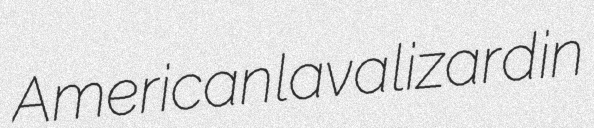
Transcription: American lava lizard in